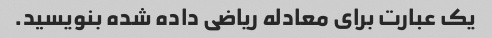
یک عبارت برای معادله ریاضی داده شده بنویسید.